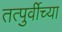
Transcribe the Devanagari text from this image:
तत्पुर्वीच्या